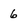
Character: 6